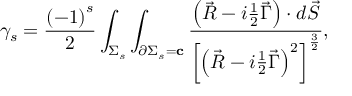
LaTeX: \gamma _ { s } = \frac { \left( - 1 \right) ^ { s } } 2 \int _ { \Sigma _ { s } } \int _ { \partial \Sigma _ { s } = { \bf c } } \frac { \left( \vec { R } - i \frac 1 2 \vec { \Gamma } \right) \cdot d \vec { S } } { \left[ \left( \vec { R } - i \frac 1 2 \vec { \Gamma } \right) ^ { 2 } \right] ^ { \frac 3 2 } } ,